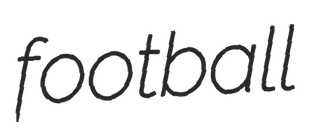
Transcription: football